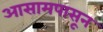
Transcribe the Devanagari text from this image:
आसामपासून